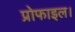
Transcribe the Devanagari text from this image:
प्रोफाइल।